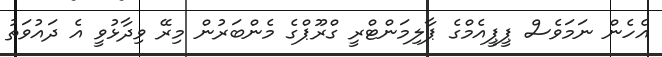
އެހެން ނަމަވެސް ޕީޕީއެމްގެ ޕާލިމަންޓްރީ ގްރޫޕްގެ މެންބަރުން މިރޭ ވިދާޅުވީ އެ ދައުވަތު